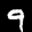
Label: 9